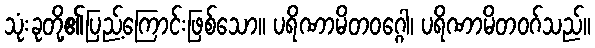
သုံးခုတို့၏ပြည့်ကြောင်းဖြစ်သော။ ပရိဏာမိတဝဂ္ဂေါ၊ ပရိဏာမိတဝဂ်သည်။